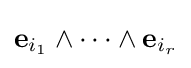
\mathbf {e} _{i_{1}}\wedge \dots \wedge \mathbf {e} _{i_{r}}